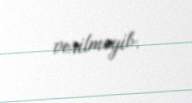
verilməyib.